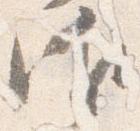
御